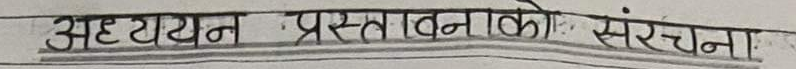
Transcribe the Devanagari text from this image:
अध्ययन प्रस्तावनाको संरचना